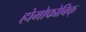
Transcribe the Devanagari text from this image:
होमोफोबिक्